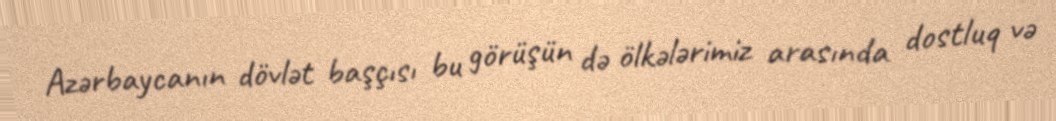
Azərbaycanın dövlət başçısı bu görüşün də ölkələrimiz arasında dostluq və